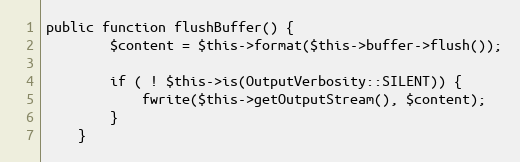
Language: PHP
public function flushBuffer() {
        $content = $this->format($this->buffer->flush());

        if ( ! $this->is(OutputVerbosity::SILENT)) {
            fwrite($this->getOutputStream(), $content);
        }
    }